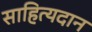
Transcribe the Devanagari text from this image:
साहित्यदान